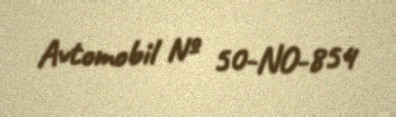
Avtomobil № 50-NO-854